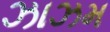
ઝાઝમ